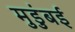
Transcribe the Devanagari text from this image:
मुडुंबई